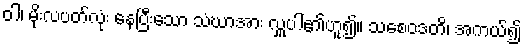
ဝါ၊ မိုးလပတ်လုံး နေပြီးသော သံဃာအား လှူပါ၏ဟူ၍။ သစေဝဒတိ၊ အကယ်၍